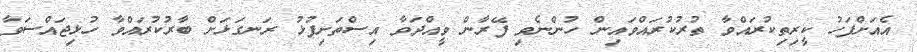
އެއަށްފަހު ކީރިތިކުރައްވާ ތުރުކުރައްވައިން ހުންނެވި ފޭރާން ވީއްދަވާ އިސްތަށިފުޅު ރަނގަޅަށް ބާރުކުރައްވާ ހުޅިޖައްސަވާ